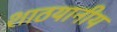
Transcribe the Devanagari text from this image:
शाठयानीय